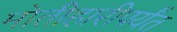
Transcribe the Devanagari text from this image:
मोतीहारीपर्यंत